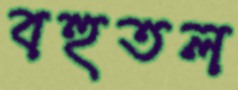
বহুতল